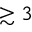
\gtrsim 3